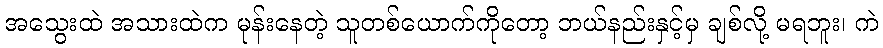
အသွေးထဲ အသားထဲက မုန်းနေတဲ့ သူတစ်ယောက်ကိုတော့ ဘယ်နည်းနှင့်မှ ချစ်လို့ မရဘူး၊ ကဲ